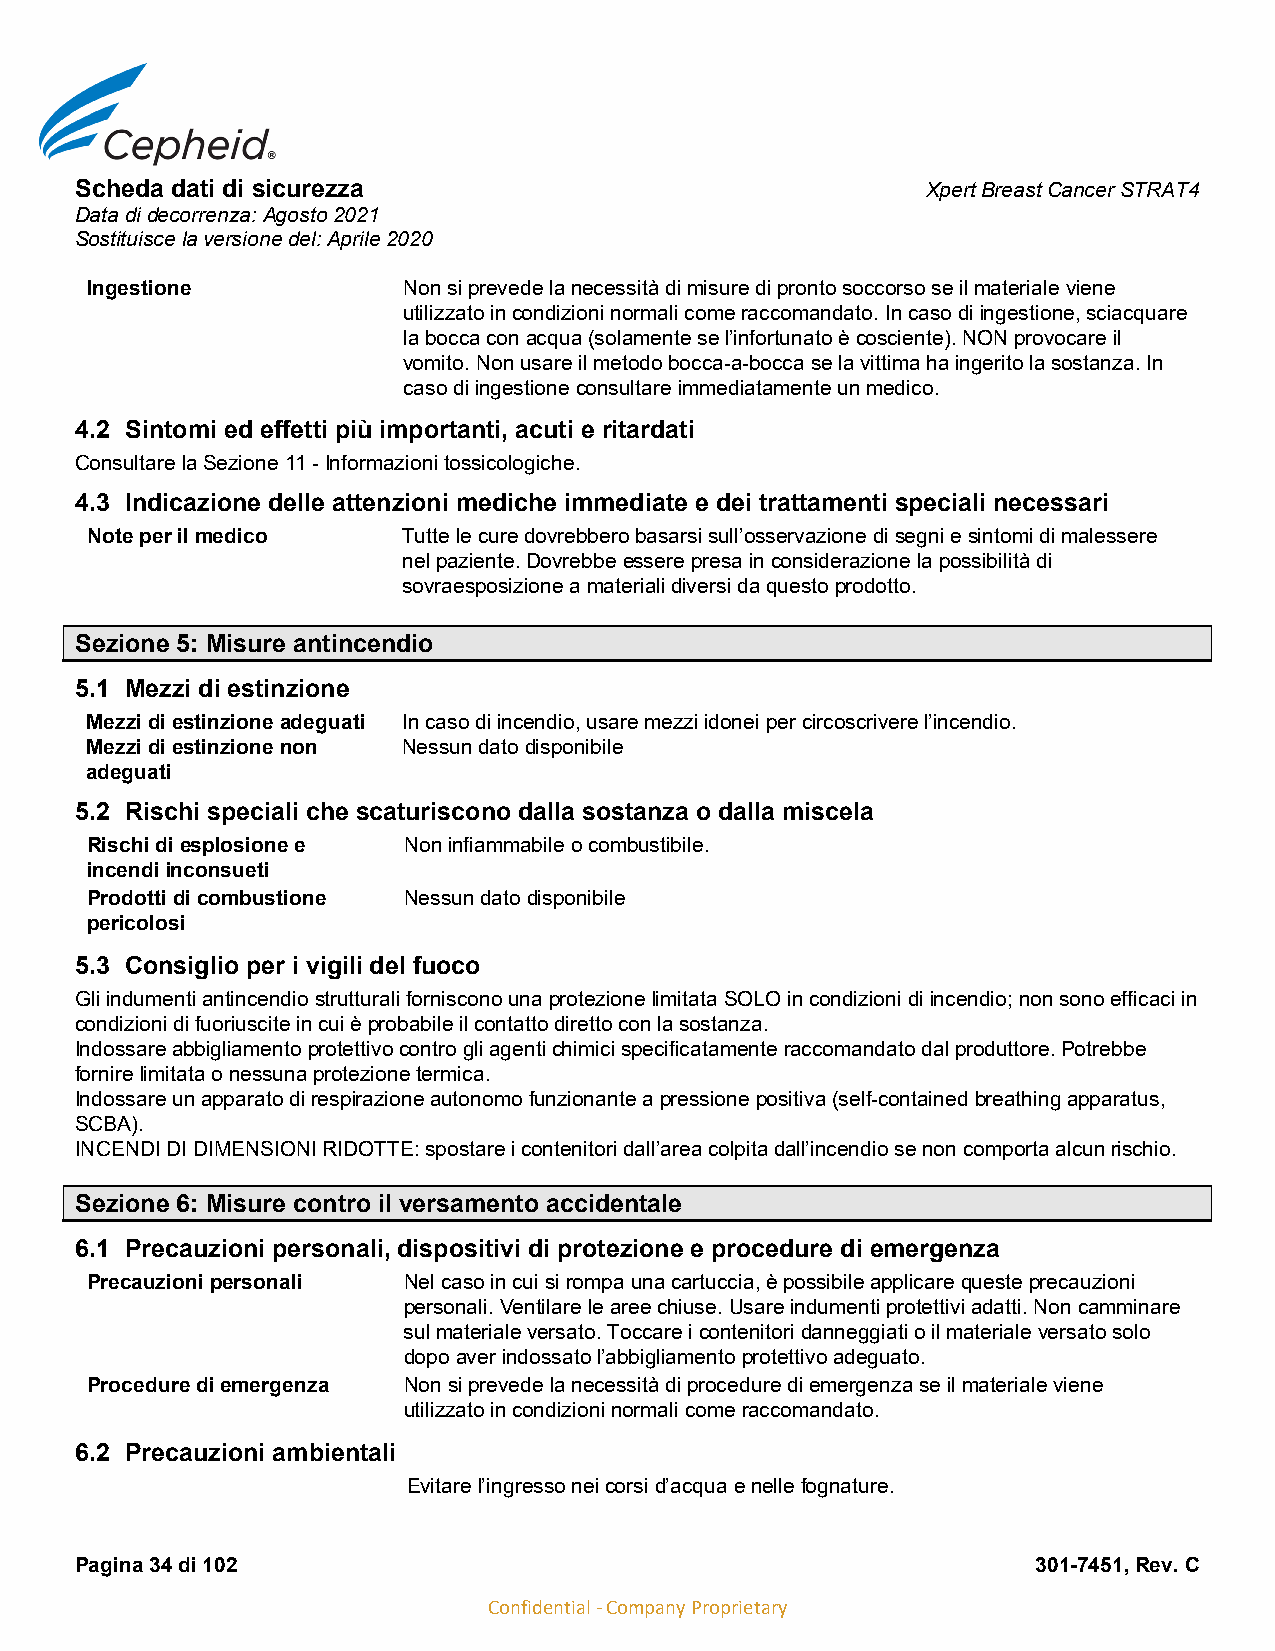
Scheda dati di sicurezza                                Xpert Breast Cancer STRAT4
 Data di decorrenza: Agosto 2021
 Sostituisce la versione del: Aprile 2020
 Ingestione           Non si prevede la necessità di misure di pronto soccorso se il materiale viene
 utilizzato in condizioni normali come raccomandato. In caso di ingestione, sciacquare
 la bocca con acqua (solamente se l’infortunato è cosciente). NON provocare il
 vomito. Non usare il metodo bocca-a-bocca se la vittima ha ingerito la sostanza. In
 caso di ingestione consultare immediatamente un medico.
 4.2 Sintomi ed effetti più importanti, acuti e ritardati
 Consultare la Sezione 11 - Informazioni tossicologiche.
 4.3 Indicazione delle attenzioni mediche immediate e dei trattamenti speciali necessari
 Note per il medico   Tutte le cure dovrebbero basarsi sull’osservazione di segni e sintomi di malessere
 nel paziente. Dovrebbe essere presa in considerazione la possibilità di
 sovraesposizione a materiali diversi da questo prodotto.
 Sezione 5: Misure antincendio
 5.1 Mezzi di estinzione
 Mezzi di estinzione adeguati In caso di incendio, usare mezzi idonei per circoscrivere l’incendio.
 Mezzi di estinzione non Nessun dato disponibile
 adeguati
 5.2 Rischi speciali che scaturiscono dalla sostanza o dalla miscela
 Rischi di esplosione e Non infiammabile o combustibile.
 incendi inconsueti
 Prodotti di combustione Nessun dato disponibile
 pericolosi
 5.3 Consiglio per i vigili del fuoco
 Gli indumenti antincendio strutturali forniscono una protezione limitata SOLO in condizioni di incendio; non sono efficaci in
 condizioni di fuoriuscite in cui è probabile il contatto diretto con la sostanza.
 Indossare abbigliamento protettivo contro gli agenti chimici specificatamente raccomandato dal produttore. Potrebbe
 fornire limitata o nessuna protezione termica.
 Indossare un apparato di respirazione autonomo funzionante a pressione positiva (self-contained breathing apparatus,
 SCBA).
 INCENDI DI DIMENSIONI RIDOTTE: spostare i contenitori dall’area colpita dall’incendio se non comporta alcun rischio.
 Sezione 6: Misure contro il versamento accidentale
 6.1 Precauzioni personali, dispositivi di protezione e procedure di emergenza
 Precauzioni personali Nel caso in cui si rompa una cartuccia, è possibile applicare queste precauzioni
 personali. Ventilare le aree chiuse. Usare indumenti protettivi adatti. Non camminare
 sul materiale versato. Toccare i contenitori danneggiati o il materiale versato solo
 dopo aver indossato l’abbigliamento protettivo adeguato.
 Procedure di emergenza Non si prevede la necessità di procedure di emergenza se il materiale viene
 utilizzato in condizioni normali come raccomandato.
 6.2 Precauzioni ambientali
 Evitare l’ingresso nei corsi d’acqua e nelle fognature.
 Pagina 34 di 102                                                301-7451, Rev. C
 Confidential - Company Proprietary